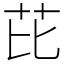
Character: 芘